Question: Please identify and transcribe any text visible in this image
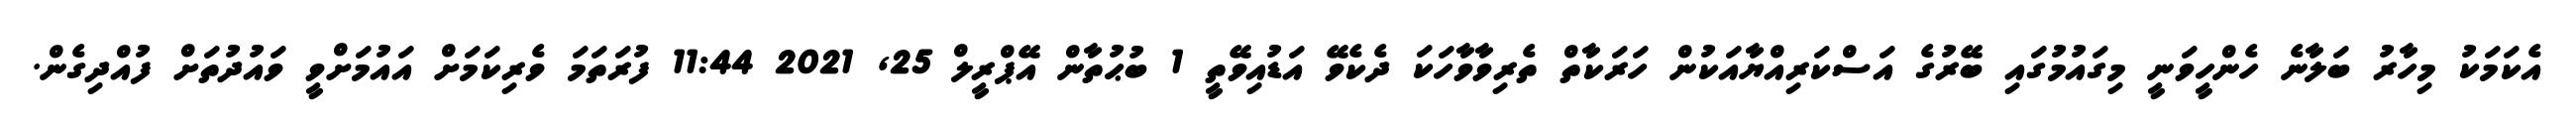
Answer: އެކަމަކު މިހާރު ބަލާނެ ހެންހީވަނީ މިގައުމުގައި ބޭރުގެ އަސްކަރިއްޔާއަކުން ހަރަކާތް ތެރިވާވާހަކަ ދެކެވޭ އަޑުއިވޭތީ 1 ބުޙުތާން އޭޕްރީލް 25, 2021 11:44 ފުރަތަމަ ވެރިކަމަށް އައުމަށްވީ ވައުދުތަށް ފުއްދިގެން.